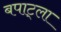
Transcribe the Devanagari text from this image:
बपाट्ला